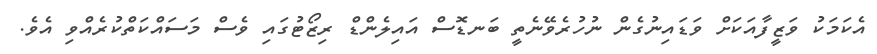
އެކަމަކު ވަޒީފާއަކަށް ވަޑައިނުގެން ނުހުރެވޭނެތީ ބަނޑޮސް އައިލެންޑް ރިޒޯޓުގައި ވެސް މަސައްކަތްކުރެއްވި އެވެ.